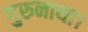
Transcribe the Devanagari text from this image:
गुरुनाथा।